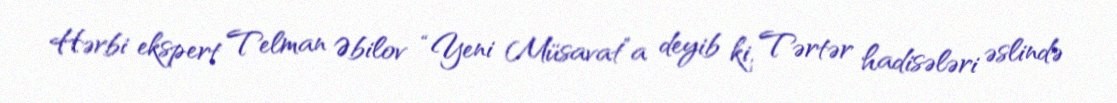
Hərbi ekspert Telman Əbilov “Yeni Müsavat”a deyib ki, Tərtər hadisələri əslində